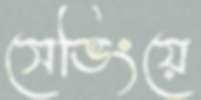
সেভিংয়ে